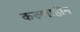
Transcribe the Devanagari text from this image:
करुणाहीन